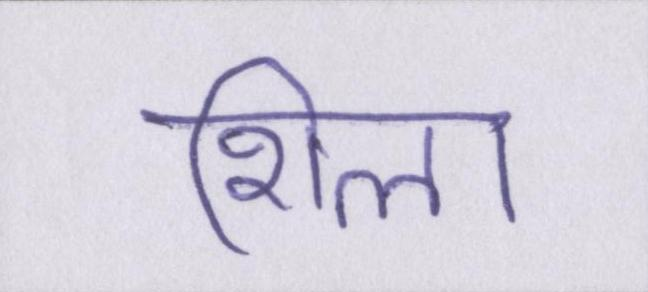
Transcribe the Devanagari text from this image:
शिला